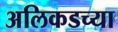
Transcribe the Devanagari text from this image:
अलिकडच्‍या